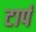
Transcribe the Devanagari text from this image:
टार्प